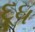
દૂૂધ